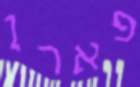
פארן